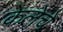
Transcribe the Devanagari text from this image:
केलेचे